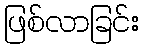
ဖြစ်လာခြင်း